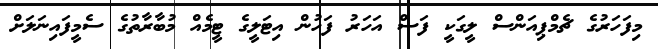
މިފަހަރުގެ ޗެމްޕިއަންސް ލީގަކީ ފަސް އަހަރު ފަހުން އިޓަލީގެ ޓީމެއް މުބާރާތުގެ ސެމީފައިނަލަށް